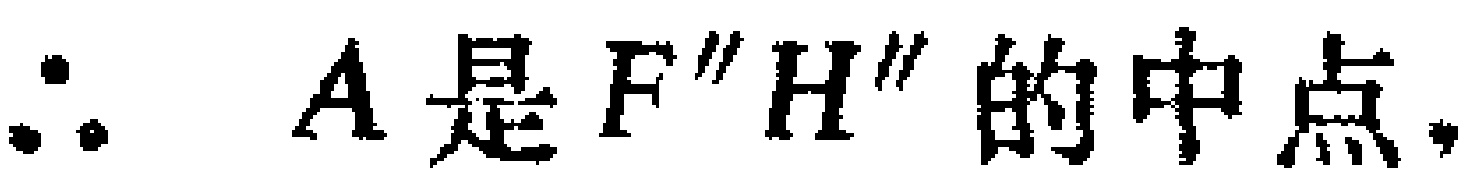
\(\therefore A是F''H''的中点,\)